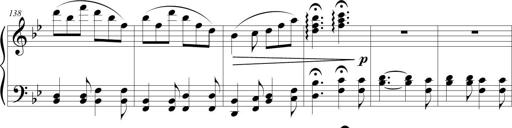
Title: Sonatina (Piano Sonata No.9)
Composer: Richard St. Clair